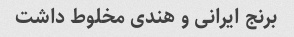
برنج ایرانی و هندی مخلوط داشت